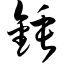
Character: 锤